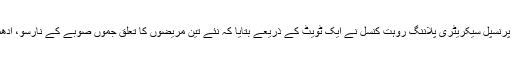
سرکاری ترجمان اور پرنسپل سیکریٹری پلاننگ روہت کنسل نے ایک ٹویٹ کے ذریعے بتایا کہ نئے تین مریضوں کا تعلق جموں صوبے کے نارسو، اُدھمپور علاقے سے ہے۔